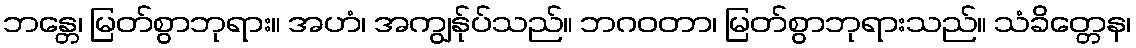
ဘန္တေ၊ မြတ်စွာဘုရား။ အဟံ၊ အကျွန်ုပ်သည်။ ဘဂဝတာ၊ မြတ်စွာဘုရားသည်။ သံခိတ္တေန၊